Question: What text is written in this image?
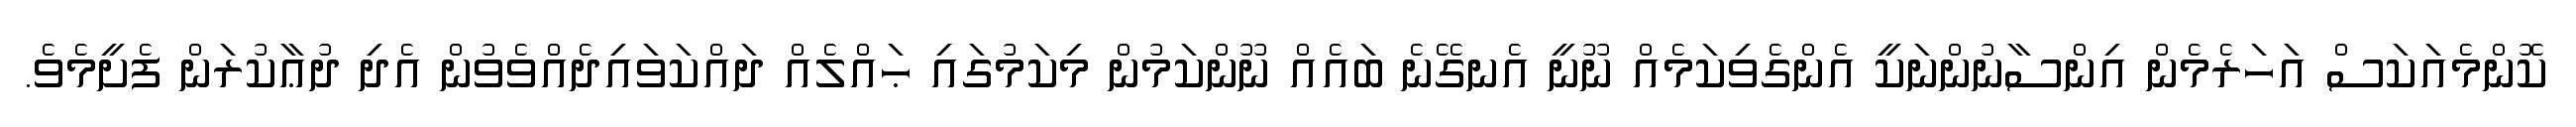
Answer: ކޮންމެއަކަސް އަހަރެމެން އިންސާނުންނަކީ އެންގެވިކަމެއް ނޫނީ އެނގޭނެ ބައެއް ނޫންކަމުން މިކަމުގައި ޙައްލެއް ދައްކަވައިދެއްވެވުން އެދި ދުޢާކުރަން ފެށީމެވެ.